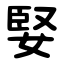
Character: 婜